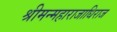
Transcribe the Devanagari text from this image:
श्रीमन्महाराजाधिराज